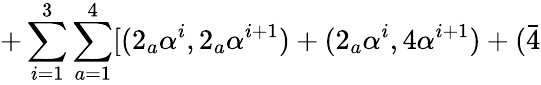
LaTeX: +\sum_{i=1}^{3}\sum_{a=1}^{4}[(2_{a}\alpha^{i},2_{a}\alpha^{i+1})+(2_{a}\alpha^{i},4\alpha^{i+1})+(\bar{4}